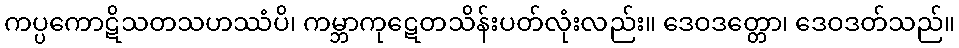
ကပ္ပကောဋိသတသဟဿံပိ၊ ကမ္ဘာကုဋေတသိန်းပတ်လုံးလည်း။ ဒေဝဒတ္တော၊ ဒေဝဒတ်သည်။